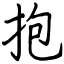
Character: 抱